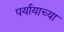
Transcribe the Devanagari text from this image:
पर्यायाच्या